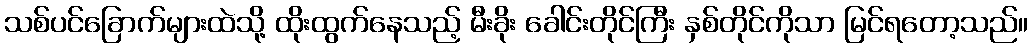
သစ်ပင်ခြောက်များထဲသို့ ထိုးထွက်နေသည့် မီးခိုး ခေါင်းတိုင်ကြီး နှစ်တိုင်ကိုသာ မြင်ရတော့သည်။